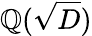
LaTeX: \mathbb{Q}({\sqrt{D}})